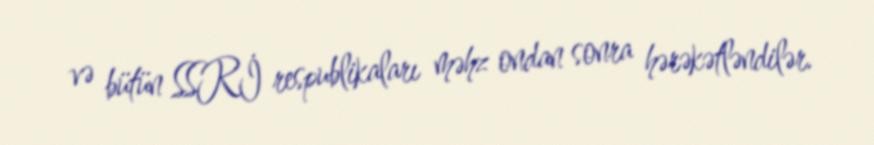
və bütün SSRİ respublikaları məhz ondan sonra hərəkətləndilər.